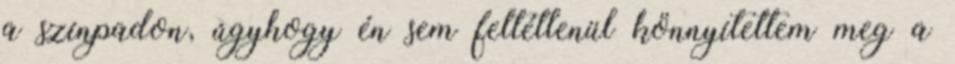
a színpadon, úgyhogy én sem feltétlenül könnyítettem meg a